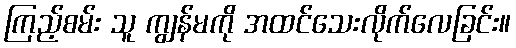
ကြည့်စမ်း သူ ကျွန်မကို အထင်သေးလိုက်လေခြင်း။